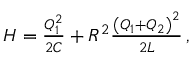
\begin{array} { r } { H = \frac { Q _ { 1 } ^ { 2 } } { 2 C } + R ^ { 2 } \frac { { \left( Q _ { 1 } + Q _ { 2 } \right) } ^ { 2 } } { 2 L } \, , } \end{array}